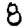
Digit: 8